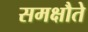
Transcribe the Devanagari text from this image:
समक्षौते